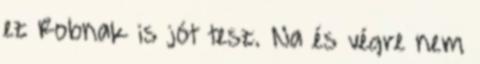
ez Robnak is jót tesz. Na és végre nem